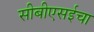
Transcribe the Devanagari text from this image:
सीबीएसईचा